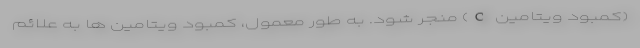
(کمبود ویتامین C) منجر شود. به طور معمول، کمبود ویتامین ها به علائم